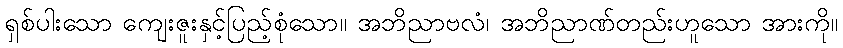
ရှစ်ပါးသော ကျေးဇူးနှင့်ပြည့်စုံသော။ အဘိညာဗလံ၊ အဘိညာဏ်တည်းဟူသော အားကို။